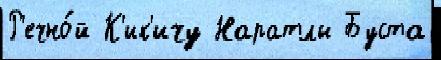
Р'ечно́й К'ик'ичу Наратлы Буста